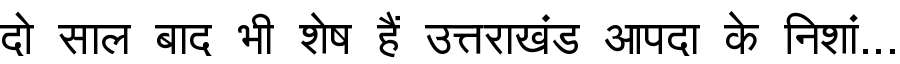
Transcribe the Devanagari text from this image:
दो साल बाद भी शेष हैं उत्तराखंड आपदा के निशां...